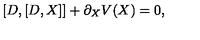
[ D , [ D , X ] ] + \partial _ { X } V ( X ) = 0 ,